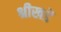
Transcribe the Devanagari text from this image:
श्रीखडें